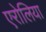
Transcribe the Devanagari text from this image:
एरोलिया